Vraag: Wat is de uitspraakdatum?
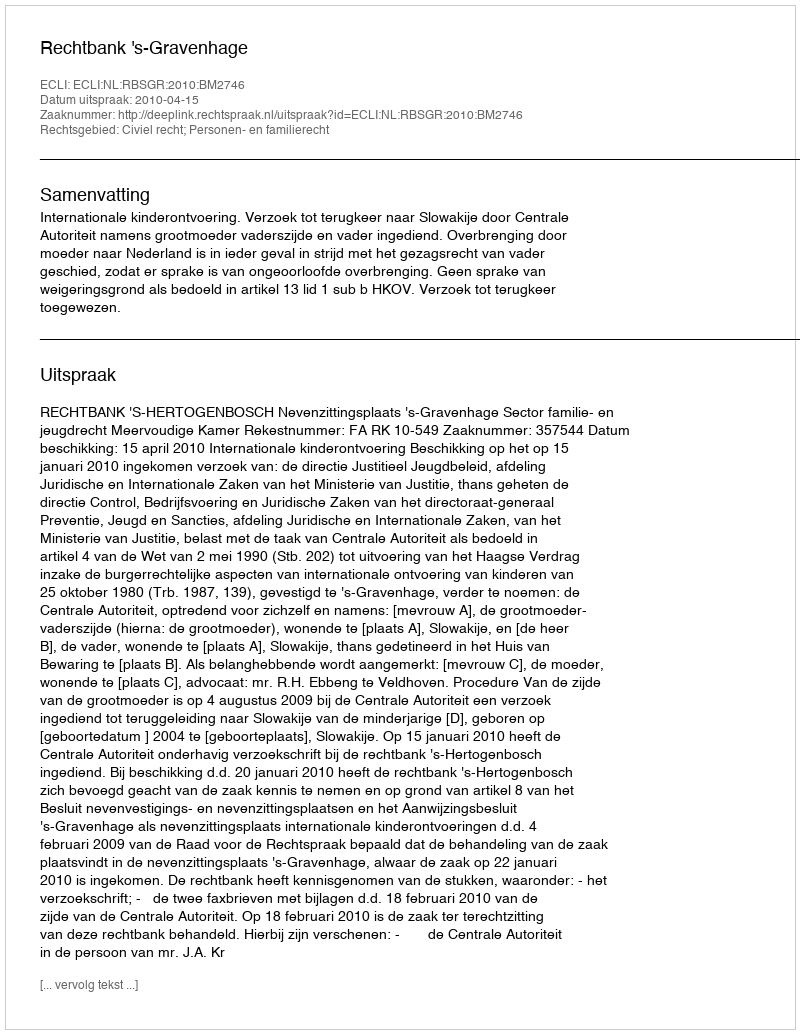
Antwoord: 2010-04-15